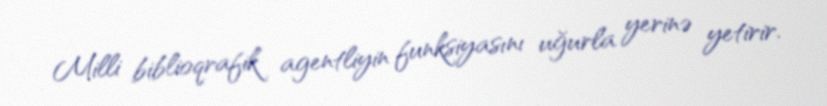
Milli biblioqrafik agentliyin funksiyasını uğurla yerinə yetirir.